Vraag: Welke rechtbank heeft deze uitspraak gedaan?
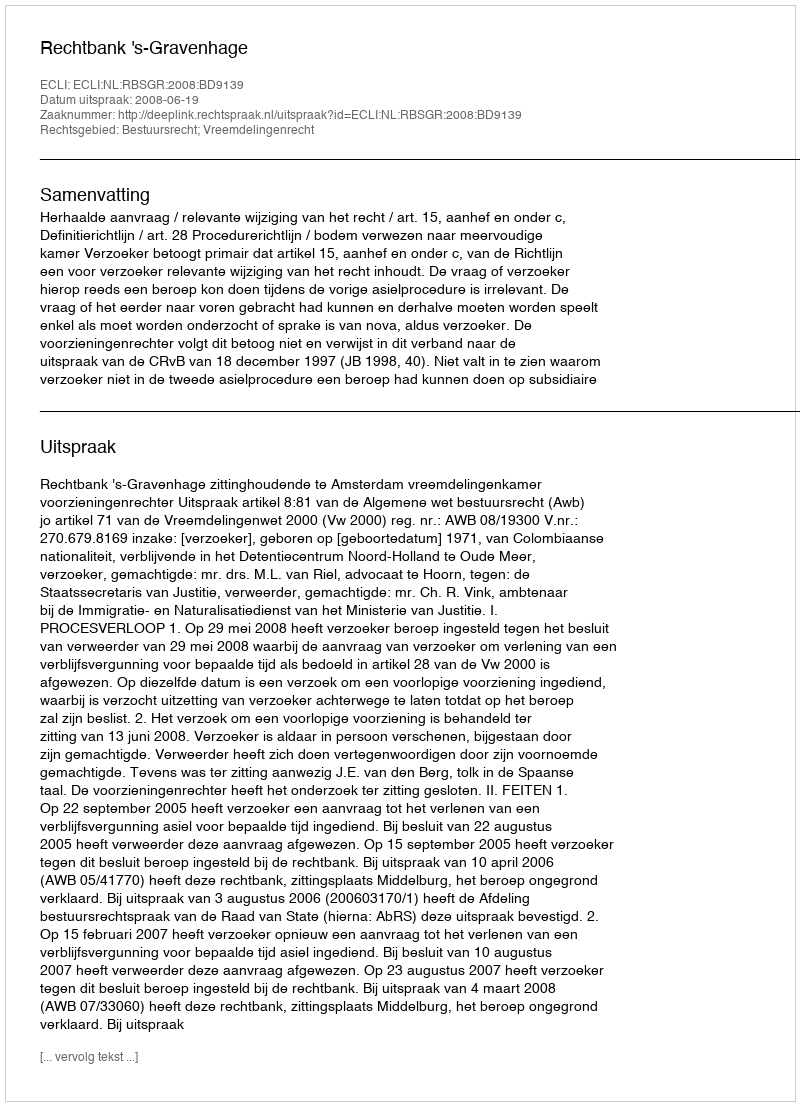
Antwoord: Rechtbank 's-Gravenhage